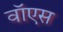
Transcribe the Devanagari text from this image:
वॉएस